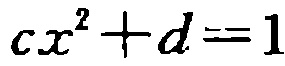
\(cx^{2}+d = 1\)